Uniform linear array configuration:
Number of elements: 48
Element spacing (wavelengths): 0.75
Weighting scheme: kaiser
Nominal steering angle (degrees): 0
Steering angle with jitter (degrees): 0.6593
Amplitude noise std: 0.05
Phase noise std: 0.05

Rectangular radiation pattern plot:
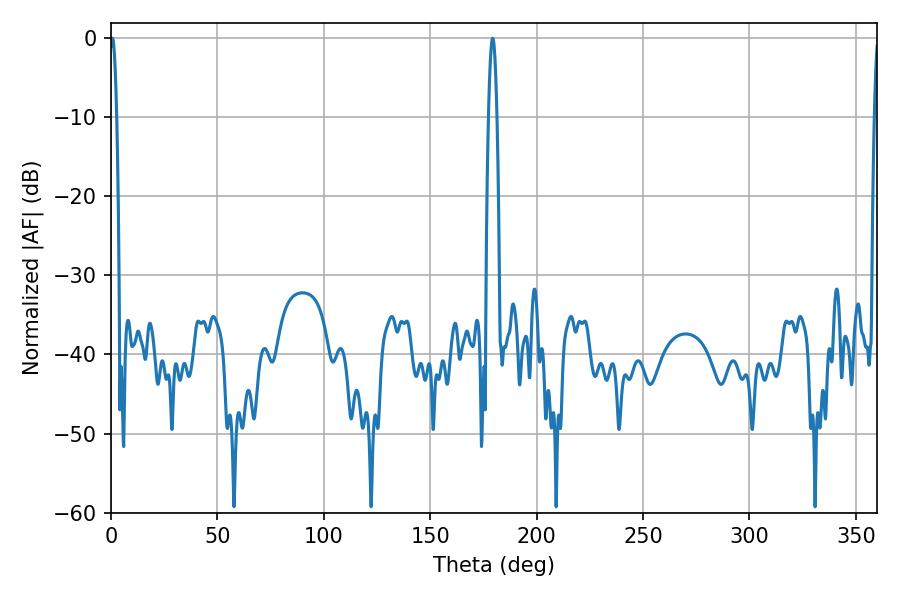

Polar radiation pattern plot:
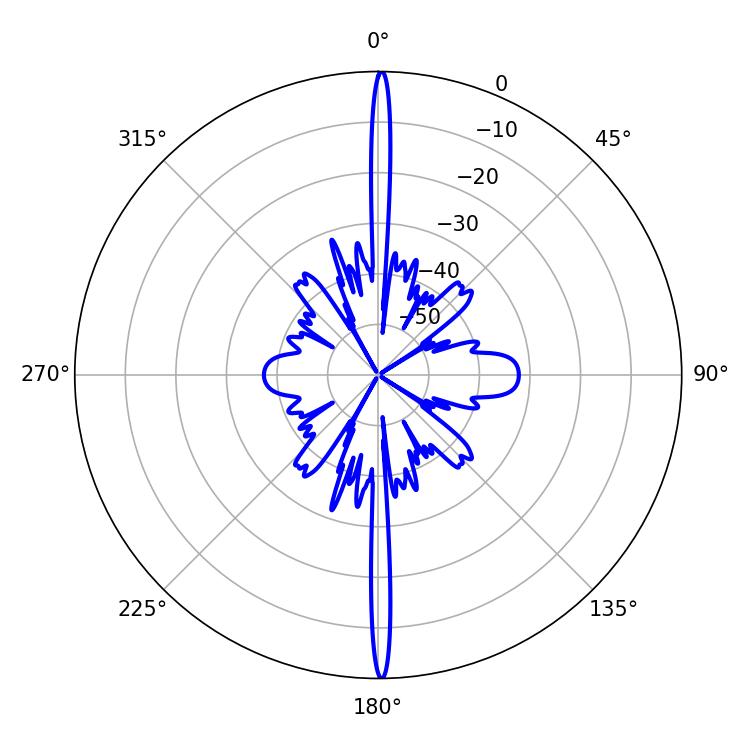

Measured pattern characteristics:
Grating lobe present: TRUE
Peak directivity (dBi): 32.679
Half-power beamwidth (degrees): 2.16
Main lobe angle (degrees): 179.28